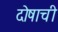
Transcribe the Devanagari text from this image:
दोषाची